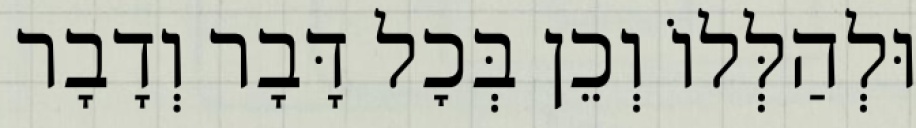
וּלְהַלְּלוֹ וְכֵן בְּכׇל דָּבָר וְדָבָר